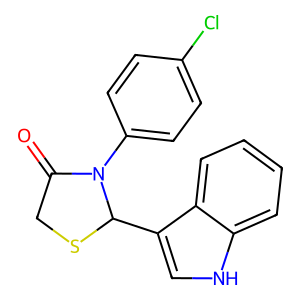
SMILES: O=C1CSC(c2c[nH]c3ccccc23)N1c1ccc(Cl)cc1
Inhibits HIV replication: No